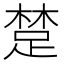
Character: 䠂